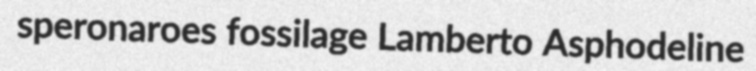
speronaroes fossilage Lamberto Asphodeline